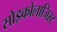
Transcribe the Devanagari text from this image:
सोइकोलाजिस्ट